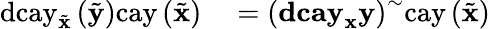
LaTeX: \begin{array}{rl}{\mathrm{dcay}_{\tilde{\mathbf{x}}}\left(\tilde{\mathbf{y}}\right)\mathrm{cay}\left(\tilde{\mathbf{x}}\right)}&{{}=\left(\mathbf{dcay}_{\mathbf{x}}\mathbf{y}\right)^{\sim}\mathrm{cay}\left(\tilde{\mathbf{x}}\right)}\end{array}